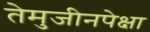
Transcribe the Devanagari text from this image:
तेमुजीनपेक्षा